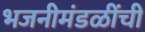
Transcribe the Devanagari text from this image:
भजनीमंडळींची